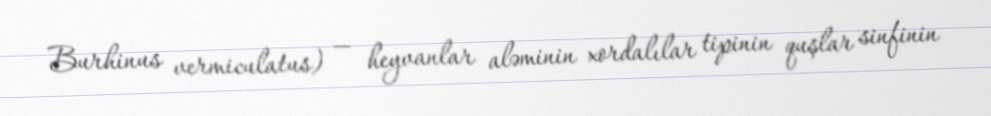
Burhinus vermiculatus) — heyvanlar aləminin xordalılar tipinin quşlar sinfinin